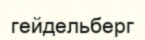
гейдельберг